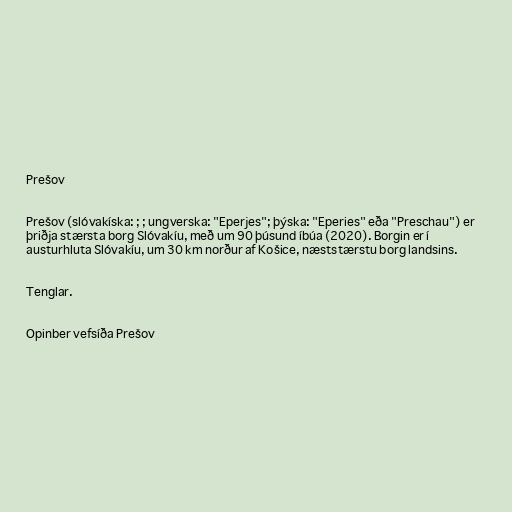
Prešov

Prešov (slóvakíska: ; ; ungverska: "Eperjes"; þýska: "Eperies" eða "Preschau") er
þriðja stærsta borg Slóvakíu, með um 90 þúsund íbúa (2020). Borgin er í
austurhluta Slóvakíu, um 30 km norður af Košice, næststærstu borg landsins.

Tenglar.

Opinber vefsíða Prešov